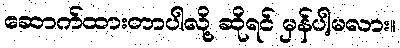
ဆောက်ထားတာပါလို့ ဆိုရင် မှန်ပါ့မလား။